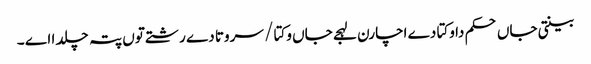
بینتی جاں حکم دا وکتا دے اچارن لہجے جاں وکتا / سروتا دے رشتے توں پتہ چلدا اے ۔